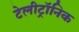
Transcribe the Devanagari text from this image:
टेलीट्रॉनिक